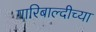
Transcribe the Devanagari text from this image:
गारिबाल्दीच्या